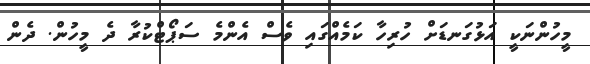
މީހުންނަކީ އަޅުގަނޑަށް ހުރިހާ ކަމެއްގައި ވެސް އެންމެ ސަޕޯޓްކުރާ ދެ މީހުން. ދެން